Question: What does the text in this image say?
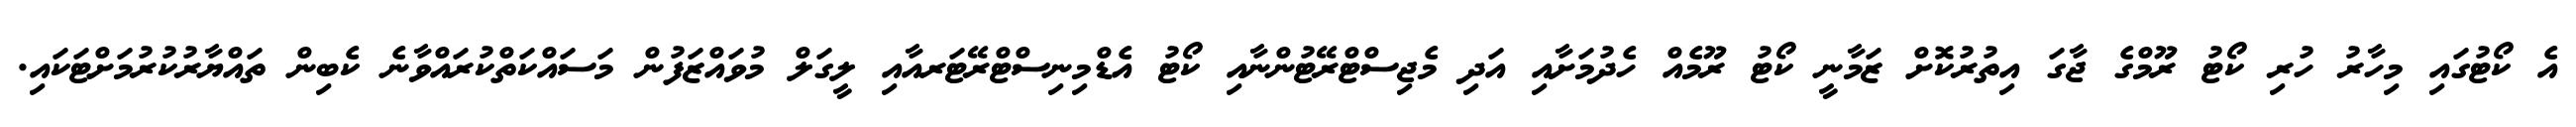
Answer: އެ ކޯޓުގައި މިހާރު ހުރި ކޯޓު ރޫމްގެ ޖާގަ އިތުރުކޮށް ޒަމާނީ ކޯޓު ރޫމެއް ހެދުމަށާއި އަދި މެޖިސްޓްރޭޓުންނާއި ކޯޓު އެޑްމިނިސްޓްރޭޓަރއާއި ލީގަލް މުވައްޒަފުން މަސައްކަތްކުރައްވާނެ ކެބިން ތައްޔާރުކުރުމަށްޓަކައި.